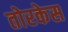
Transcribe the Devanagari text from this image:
तोरकेस